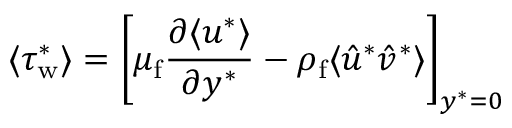
\langle \tau _ { \mathrm { w } } ^ { * } \rangle = \left[ \mu _ { \mathrm { f } } \frac { \partial \langle u ^ { * } \rangle } { \partial y ^ { * } } - \rho _ { \mathrm { f } } \langle \hat { u } ^ { * } \hat { v } ^ { * } \rangle \right] _ { y ^ { * } = 0 }